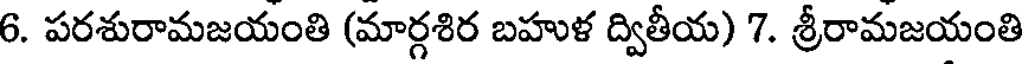
6. పరశురామజయంతి (మార్గశిర బహుళ ద్వితీయ) 7. శ్రీరామజయంతి